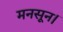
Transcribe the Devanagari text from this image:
मनसून।